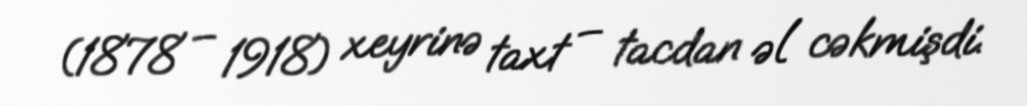
(1878 – 1918) xeyrinə taxt – tacdan əl cəkmişdi.